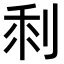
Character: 𠜫